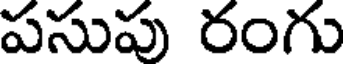
పసుపు రంగు